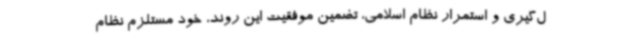
ل‌گیری و استمرار نظام اسلامی، تضمین موفقیت این روند، خود مستلزم نظام